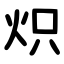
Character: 炽